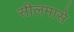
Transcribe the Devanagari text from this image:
सीलमासे